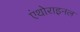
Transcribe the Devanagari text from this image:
एंथोराइनल